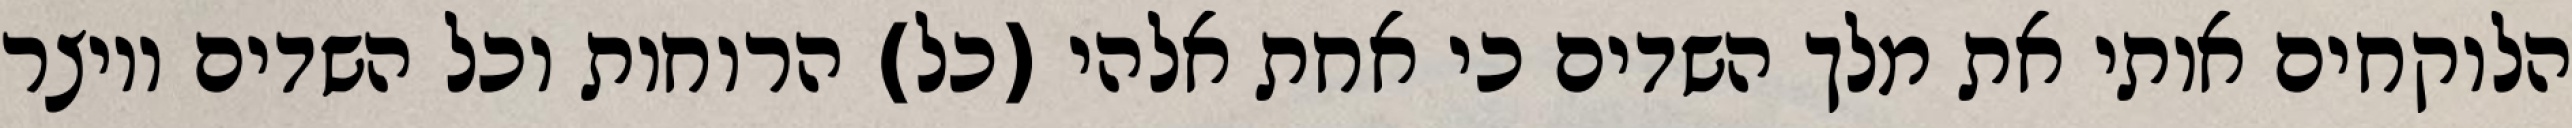
הלוקחים אותי את מלך השדים כי אחת אלהי (כל) הרוחות וכל השדים ויוצר